Civil Veterinary Dept. Bombay admin report 1923-31 - 1923-1931
Year: 1923
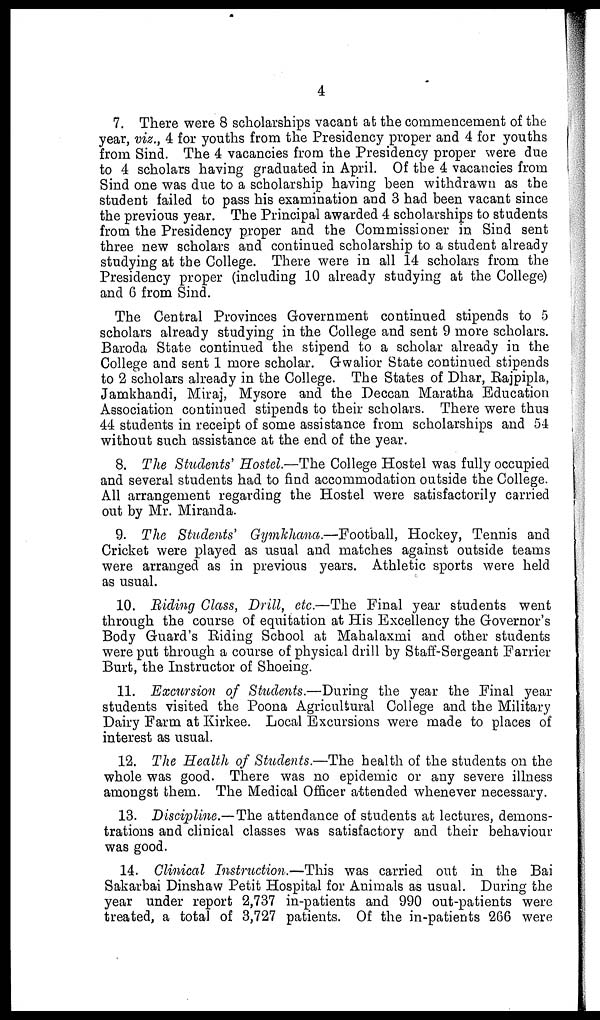
4
7. There were 8 scholarships vacant at the commencement of the
year, viz., 4 for youths from the Presidency proper and 4 for youths
from Sind. The 4 vacancies from the Presidency proper were due
to 4 scholars having graduated in April. Of the 4 vacancies from
Sind one was due to a scholarship having been withdrawn as the
student failed to pass his examination and 3 had been vacant since
the previous year. The Principal awarded 4 scholarships to students
from the Presidency proper and the Commissioner in Sind sent
three new scholars and continued scholarship to a student already
studying at the College. There were in all 14 scholars from the
Presidency proper (including 10 already studying at the College)
and 6 from Sind.
The Central Provinces Government continued stipends to 5
scholars already studying in the College and sent 9 more scholars.
Baroda State continued the stipend to a scholar already in the
College and sent 1 more scholar. Gwalior State continued stipends
to 2 scholars already in the College. The States of Dhar, Rajpipla,
Jamkhandi, Miraj, Mysore and the Deccan Maratha Education
Association continued stipends to their scholars. There were thus
44 students in receipt of some assistance from scholarships and 54
without such assistance at the end of the year.
8. The Students' Hostel.—The College Hostel was fully occupied
and several students had to find accommodation outside the College.
All arrangement regarding the Hostel were satisfactorily carried
out by Mr. Miranda.
9. The Students' Gymkhana.—Football, Hockey, Tennis and
Cricket were played as usual and matches against outside teams
were arranged as in previous years. Athletic sports were held
as usual.
10. Riding Class, Drill, etc.—The Final year students went
through the course of equitation at His Excellency the Governor's
Body Guard's Riding School at Mahalaxmi and other students
were put through a course of physical drill by Staff-Sergeant Farrier
Burt, the Instructor of Shoeing.
11. Excursion of Students.—During the year the Final year
students visited the Poona Agricultural College and the Military
Dairy Farm at Kirkee. Local Excursions were made to places of
interest as usual.
12. The Health of Students.—The health of the students on the
whole was good. There was no epidemic or any severe illness
amongst them. The Medical Officer attended whenever necessary.
13. Discipline.—The attendance of students at lectures, demons-
trations and clinical classes was satisfactory and their behaviour
was good.
14. Clinical Instruction.—This was carried out in the Bai
Sakarbai Dinshaw Petit Hospital for Animals as usual. During the
year under report 2,737 in-patients and 990 out-patients were
treated, a total of 3,727 patients. Of the in-patients 266 were